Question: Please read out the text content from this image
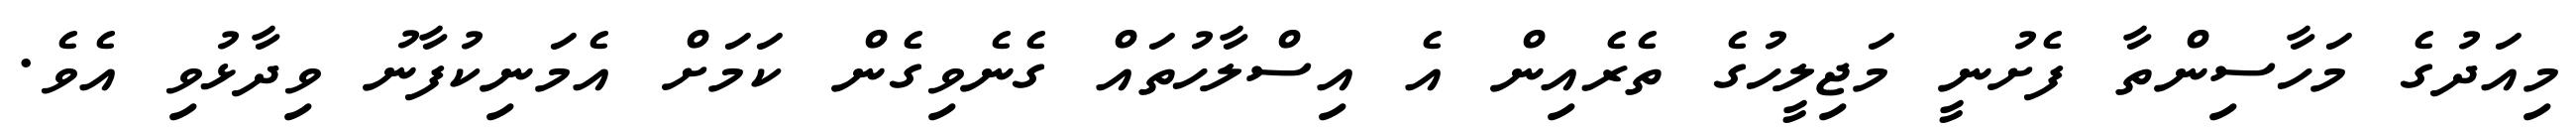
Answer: މިއަދުގެ މަހާސިންތާ ފެށުނީ މަޖިލީހުގެ ތެރެއިން އެ އިސްލާހުތައް ގެނެވިގެން ކަމަށް އެމަނިކުފާނު ވިދާޅުވި އެވެ.